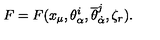
F = F ( x _ { \mu } , \theta _ { \alpha } ^ { i } , { \overline { \theta } } _ { \dot { \alpha } } ^ { j } , \zeta _ { r } ) .